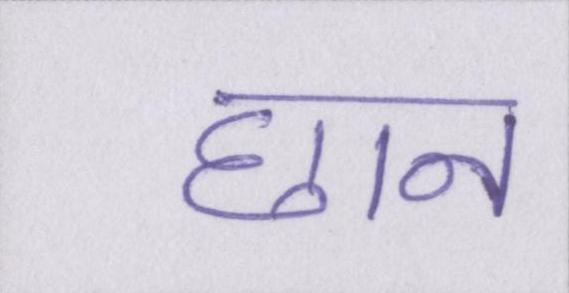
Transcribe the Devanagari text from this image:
छान